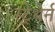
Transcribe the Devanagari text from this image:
स्ट्रेथेर्न